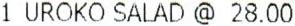
1 UROKO SALAD @ 28.00